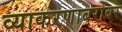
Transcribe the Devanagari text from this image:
व्याकरणाबरोबर